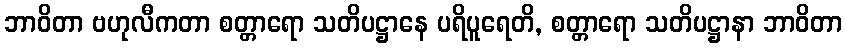
ဘာဝိတာ ဗဟုလီကတာ စတ္တာရော သတိပဋ္ဌာနေ ပရိပူရေတိ, စတ္တာရော သတိပဋ္ဌာနာ ဘာဝိတာ